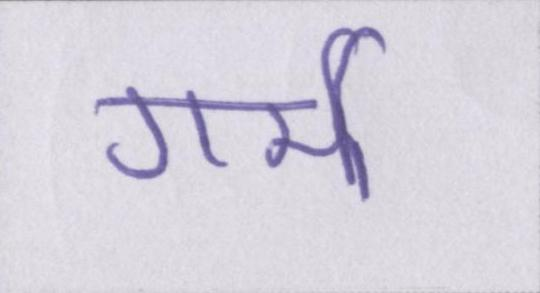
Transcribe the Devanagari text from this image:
गर्मी